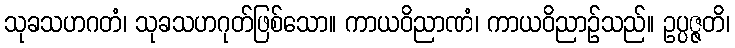
သုခသဟဂတံ၊ သုခသဟဂုတ်ဖြစ်သော။ ကာယဝိညာဏံ၊ ကာယဝိညာဉ်သည်။ ဥပ္ပဇ္ဇတိ၊